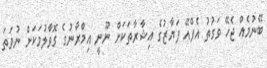
ބޭނުމެއް ޖެހޭ ވަގުތު އެފްއޭ ފަޔާޒުގެ އިޝާރާތަކަށް ނޫނީ އިމްރާނުގެ ގޮވާލުމަކަށް ނުވަތަ